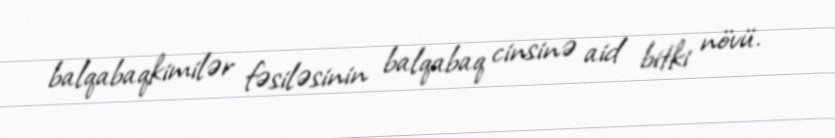
balqabaqkimilər fəsiləsinin balqabaq cinsinə aid bitki növü.